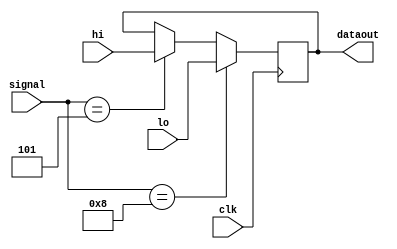
module HiLoReg( clk,signal,hi,lo,dataout) ;
input clk ;
input [3:0] signal ;
input [31:0] hi , lo ;
output [31:0] dataout ;
reg[31:0] dataout ;
    parameter ALU_and = 4'b0000;
    parameter ALU_or  = 4'b0001;
    parameter ALU_add = 4'b0010;
    parameter ALU_sll  = 4'b0011;
    parameter ALU_srl = 4'b0100;
    parameter ALU_mfhi  = 4'b0101;
    parameter ALU_sub = 4'b0110;
    parameter ALU_slt = 4'b0111;
    parameter ALU_mflo = 4'b1000;
	always@(posedge clk) begin
	  if ( signal == ALU_mfhi )
	    dataout = hi ;
	  if ( signal == ALU_mflo )
	    dataout = lo ;
	end
endmodule